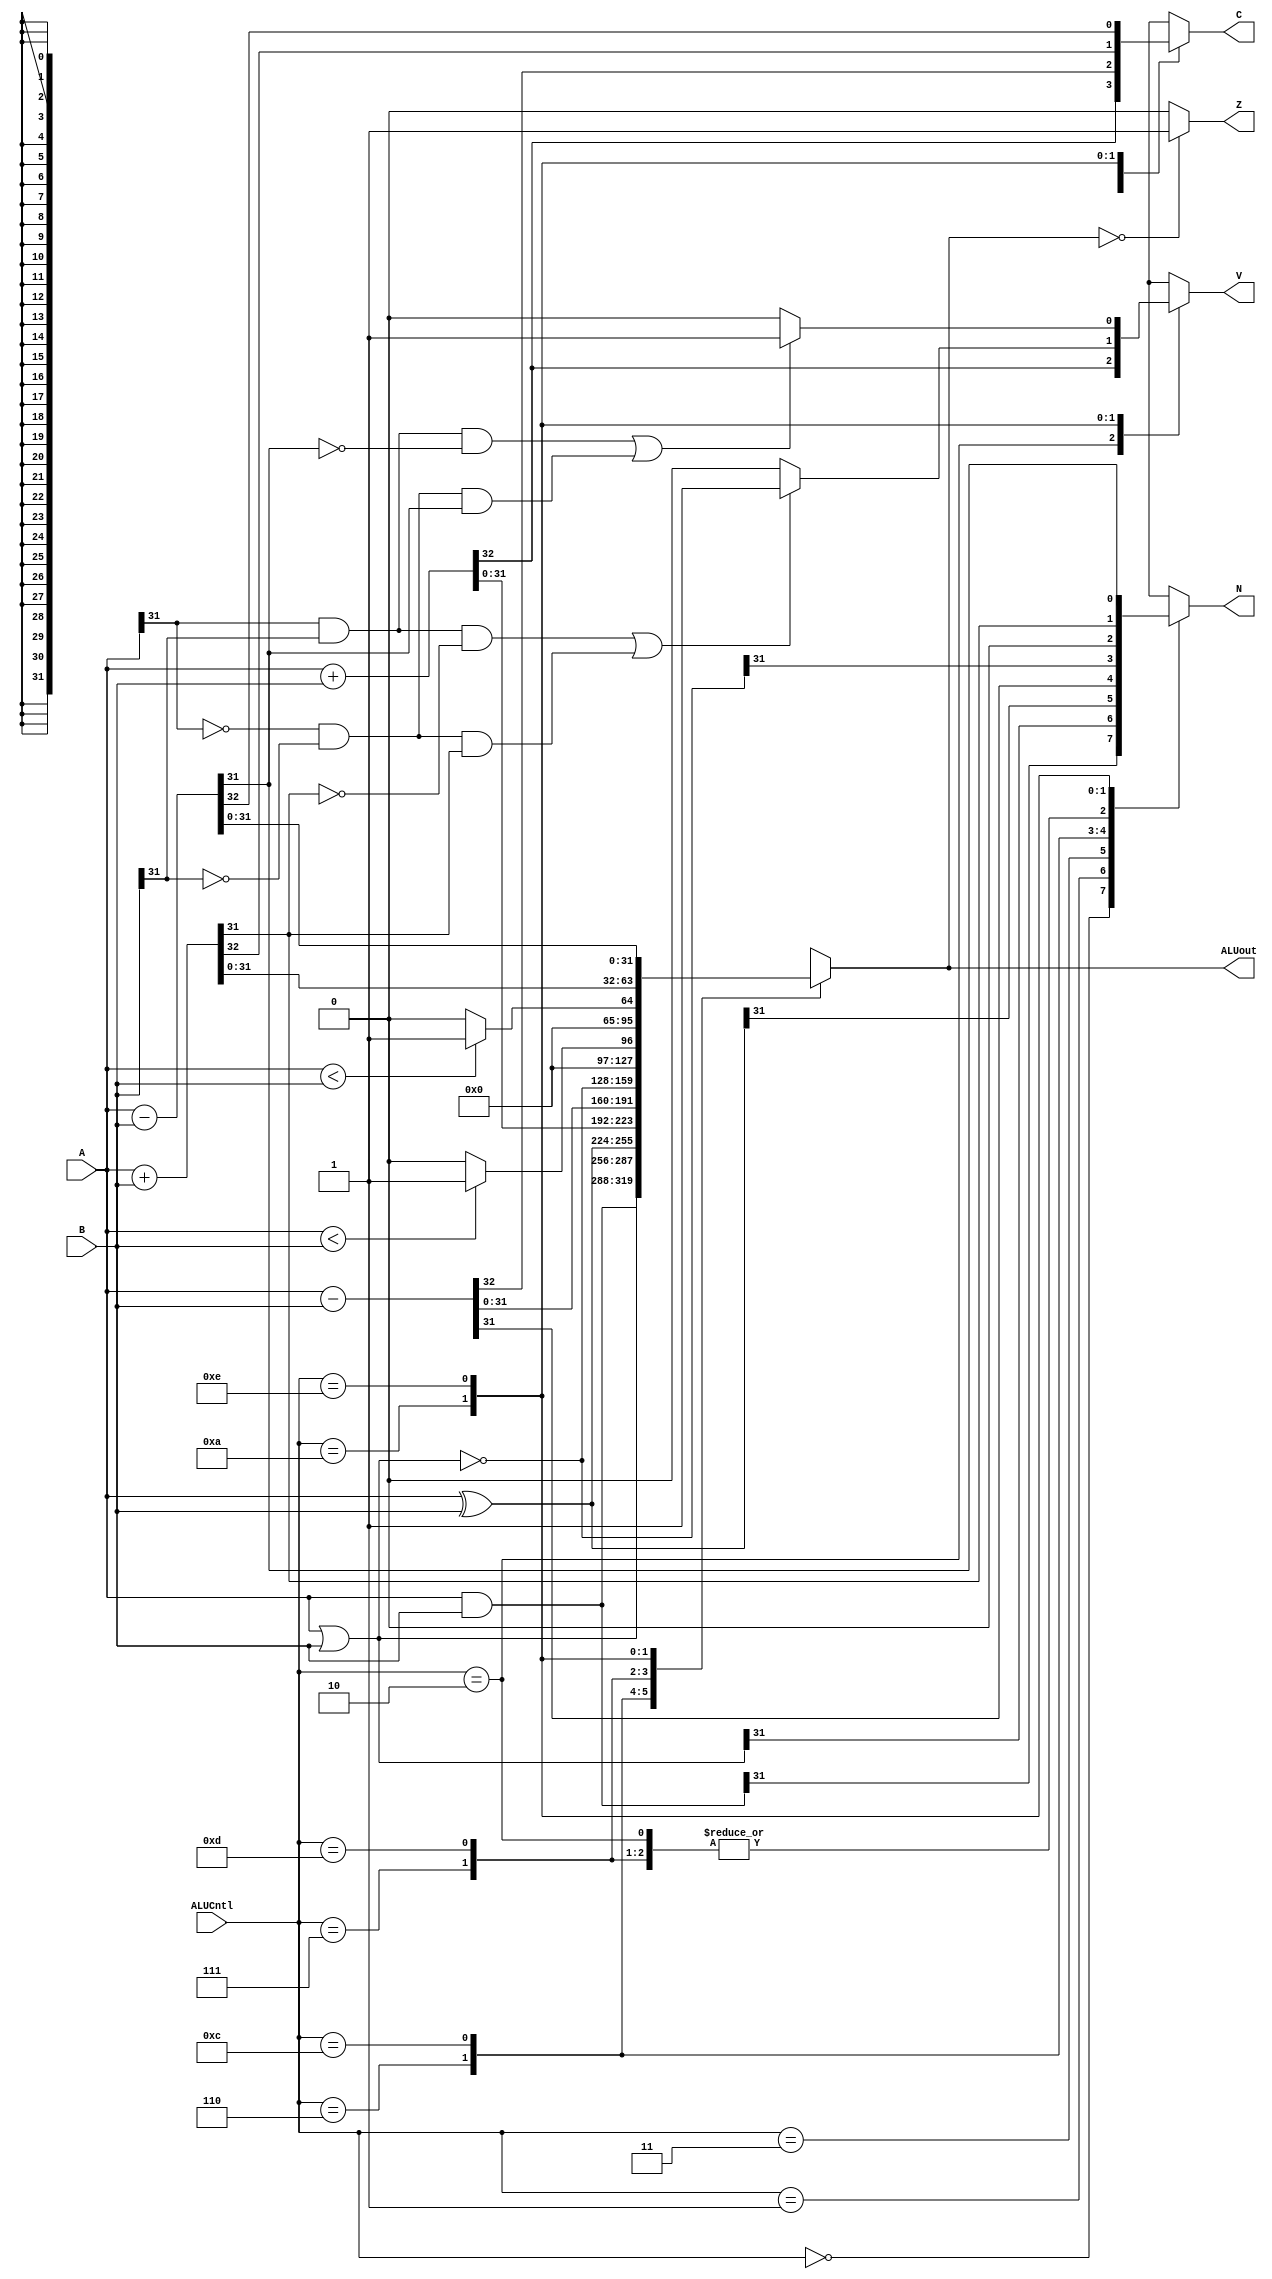
`timescale 1ns / 1ps
//////////////////////////////////////////////////////////////////////////////////
// Company: 
// Engineer: 
// 
// Design Name: 
// Module Name: ALU
// Project Name: 
// Target Devices: 
// Tool Versions: 
// Description: 
// 
// Dependencies: 
// 
// Revision:
// Revision 0.01 - File Created
// Additional Comments:
// 
//////////////////////////////////////////////////////////////////////////////////


module ALU(
    input [31:0] A,
    input [31:0] B,
    input [3:0]ALUCntl,
    output reg [31:0]ALUout,
    output Z,
    output reg C,
    output reg V,
    output reg N
    );
    
reg signed[31:0] A_s,B_s;
assign Z = (ALUout ==32'b0) ? 1'b1 : 1'b0;
always@(*) begin
	A_s=A;
	B_s=B;
	case(ALUCntl)
	4'b0000:begin//And
		{V,C,ALUout}={2'bx,(A&B)};
		N=ALUout[31];
		end
	4'b0001:begin//Or
	   {V,C,ALUout}={2'bx,(A|B)};
	   N=ALUout[31];
	   end
	4'b0011:begin//Xor
	   {V,C,ALUout}={2'bx,(A^B)};
	   N=ALUout[31];
	   end
	4'b0010:begin//Add Unsigned
	   {C,ALUout} = A+B;
	   V=C;
	   N=1'b0;
	   end
	4'b0110:begin//Subtract Unsigned
	   {C,ALUout} = A-B;
	   V=1'bx;
	   N=ALUout[31];
	   end
	4'b1100:begin//Nor
       {V,C,ALUout}={2'bx,~(A|B)};
	   N=ALUout[31];
	   end
	4'b0111:begin//SLT
       ALUout = (A_s<B_s) ? {31'b0+1'b1} : 32'b0;
       C=1'bx;
	   V=1'bx;
	   N=0; 
	   end
	4'b1101:begin//SLT Unsigned
	   ALUout=(A<B) ? {31'b0+1'b1} :32'b0;
	   C=1'bx;
	   V=1'bx;
	   N=0;
	   end
	4'b1010:begin//Add
		{C, ALUout} = A_s+B_s;
		if((A_s[31] & B_s[31] & ~ALUout[31]) || (~A_s[31] & ~B[31] & ALUout[31]))
			V=1'b1;
		else
			V=1'b0;
		N=ALUout[31];
	   end
	4'b1110:begin//Subtract
		{C, ALUout} = A_s-B_s;
		if((A_s[31] & B_s[31] & ~ALUout[31]) || (~A_s[31] & ~B[31] & ALUout[31]))
			V=1'b1;
		else
			V=1'b0;
		N=ALUout[31];
	   end
	   default: begin
	       {C,V,N}=3'bx;
	       ALUout=32'bx;
	       end
    endcase
    end
endmodule